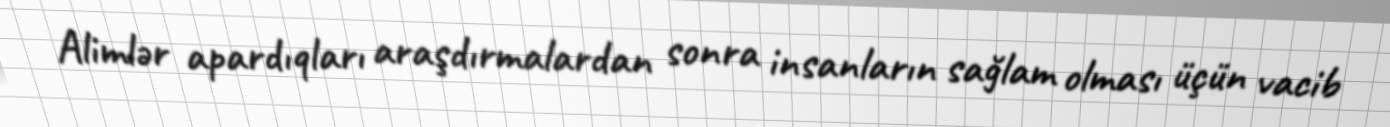
Alimlər apardıqları araşdırmalardan sonra insanların sağlam olması üçün vacib